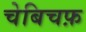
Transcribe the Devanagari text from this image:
चेबिचफ़